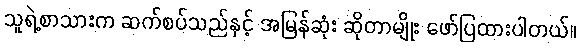
သူရဲ့စာသားက ဆက်စပ်သည်နှင့် အမြန်ဆုံး ဆိုတာမျိုး ဖော်ပြထားပါတယ်။